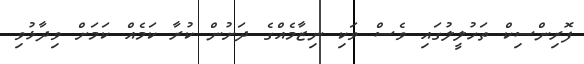
ފޮރިންސިކް ތަހުލީލުގައި ވެސް ވަކި ނިޒާމެއްގެ ދަށުން ކުރާ ކަމެއް ކަމަށް ވިދާޅުވި